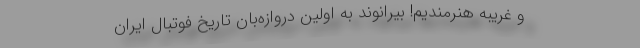
و غریبه هنرمندیم! بیرانوند به اولین دروازه‌بان تاریخ فوتبال ایران